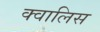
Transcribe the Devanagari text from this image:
क्वालिस